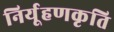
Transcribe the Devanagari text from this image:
निर्यूहणकृति